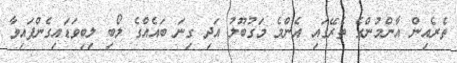
ތެރެއިން އާންމުންގެ ތެރޭގައި އެންމެ މަގުބޫލު އަދި ގިނަ ބައެއްގެ ލޯބި ލިބިވަޑައިގެންފައިވާ